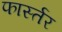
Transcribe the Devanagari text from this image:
फार्स्तर